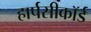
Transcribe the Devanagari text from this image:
हार्पसीकॉर्ड